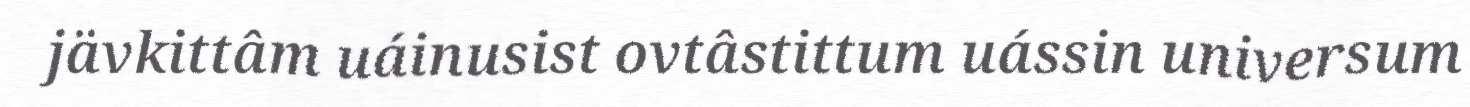
jävkittâm uáinusist ovtâstittum uássin universum